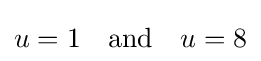
u=1\quad {\text{and}}\quad u=8